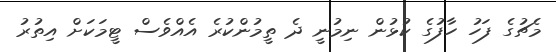
މެޗުގެ ފަހު ހާފުގެ ކުޅުން ނިމުނީ ދެ ތީމުންކުރެ އެއްވެސް ޓީމަކަށް އިތުރު